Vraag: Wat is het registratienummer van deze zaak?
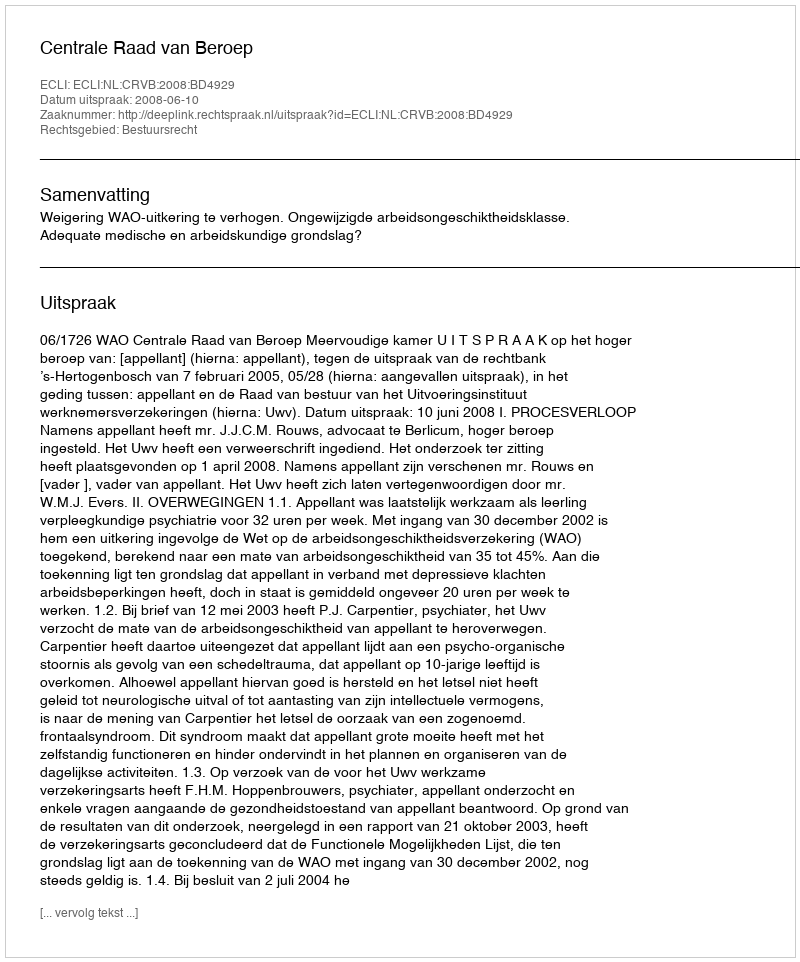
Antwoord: http://deeplink.rechtspraak.nl/uitspraak?id=ECLI:NL:CRVB:2008:BD4929